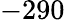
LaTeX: -290